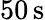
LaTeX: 50\, \mathrm{s}